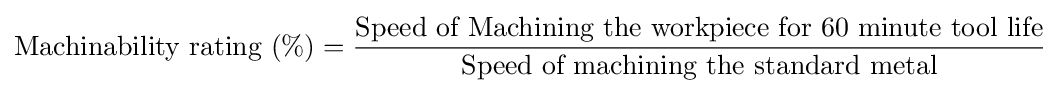
{\text{Machinability rating (}}\%{)}={\frac {\text{Speed of Machining the workpiece for 60 minute tool life}}{\text{Speed of machining the standard metal}}}